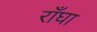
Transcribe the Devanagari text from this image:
राँघा